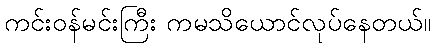
ကင်းဝန်မင်းကြီး ကမသိယောင်လုပ်နေတယ်။